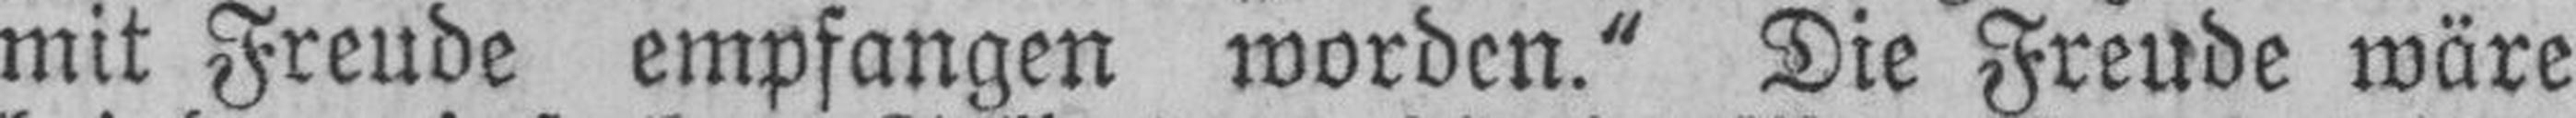
mit Freude empfangen worden.“ Die Freude wäre